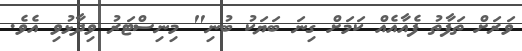
ވަރަށް ތަފާތު ފެއާއެއް ކަމަށް ގިނަ ބަޔަކު ބުނި" މިނިސްޓަރު ވިދާޅުވި އެވެ.